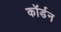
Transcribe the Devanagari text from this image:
कॉर्डन